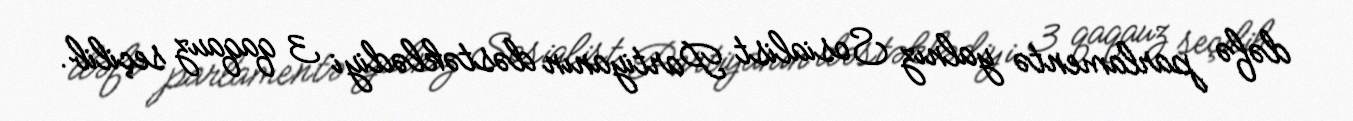
dəfə parlamentə yalnız Sosialist Partiyanın dəstəklədiyi 3 qaqauz seçilib.